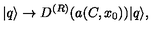
| q \rangle \to D ^ { ( R ) } ( a ( C , x _ { 0 } ) ) | q \rangle ,